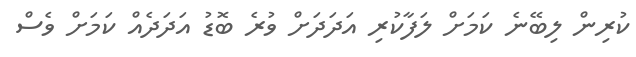
ކުރިން ލިބޭނެ ކަމަށް ލަފާކުރި އަދަދަށް ވުރެ ބޮޑު އަދަދެއް ކަމަށް ވެސް